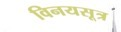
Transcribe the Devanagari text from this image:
विनयसूत्र